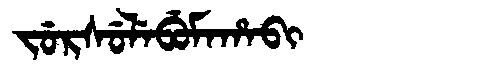
Manchu: ᠵᡠᡵᠰᡠᠯᡝᠪᡠᠮᠠᡥᠠᠪᡳ
Romanization: JURSULEBUMAHABI